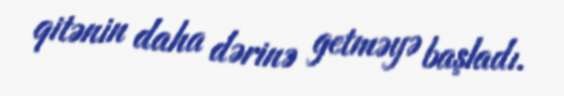
qitənin daha dərinə getməyə başladı.